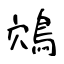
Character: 鴪